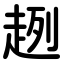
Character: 趔